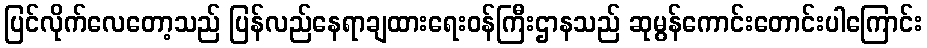
ပြင်လိုက်လေတော့သည် ပြန်လည်နေရာချထားရေးဝန်ကြီးဌာနသည် ဆုမွန်ကောင်းတောင်းပါကြောင်း